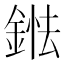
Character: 𨨤